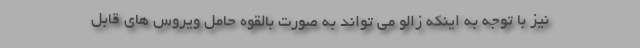
نیز با توجه به اینکه زالو می تواند به صورت بالقوه حامل ویروس های قابل